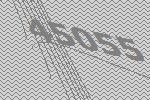
45055